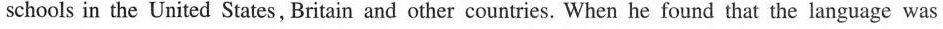
schools in the United States,Britain and other countries. When he found that the language was